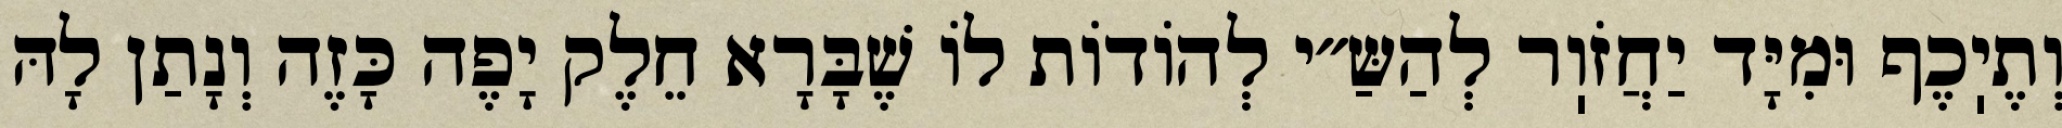
וְתֶיֽכֶף וּמִיָּד יַחֲזֹוֽר לְהַשַּ״י לְהוֹדוֹת לוֹ שֶׁבָּרָא חֵלֶק יָפֶה כָּזֶה וְנָתַן לָהּ